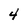
Character: 4